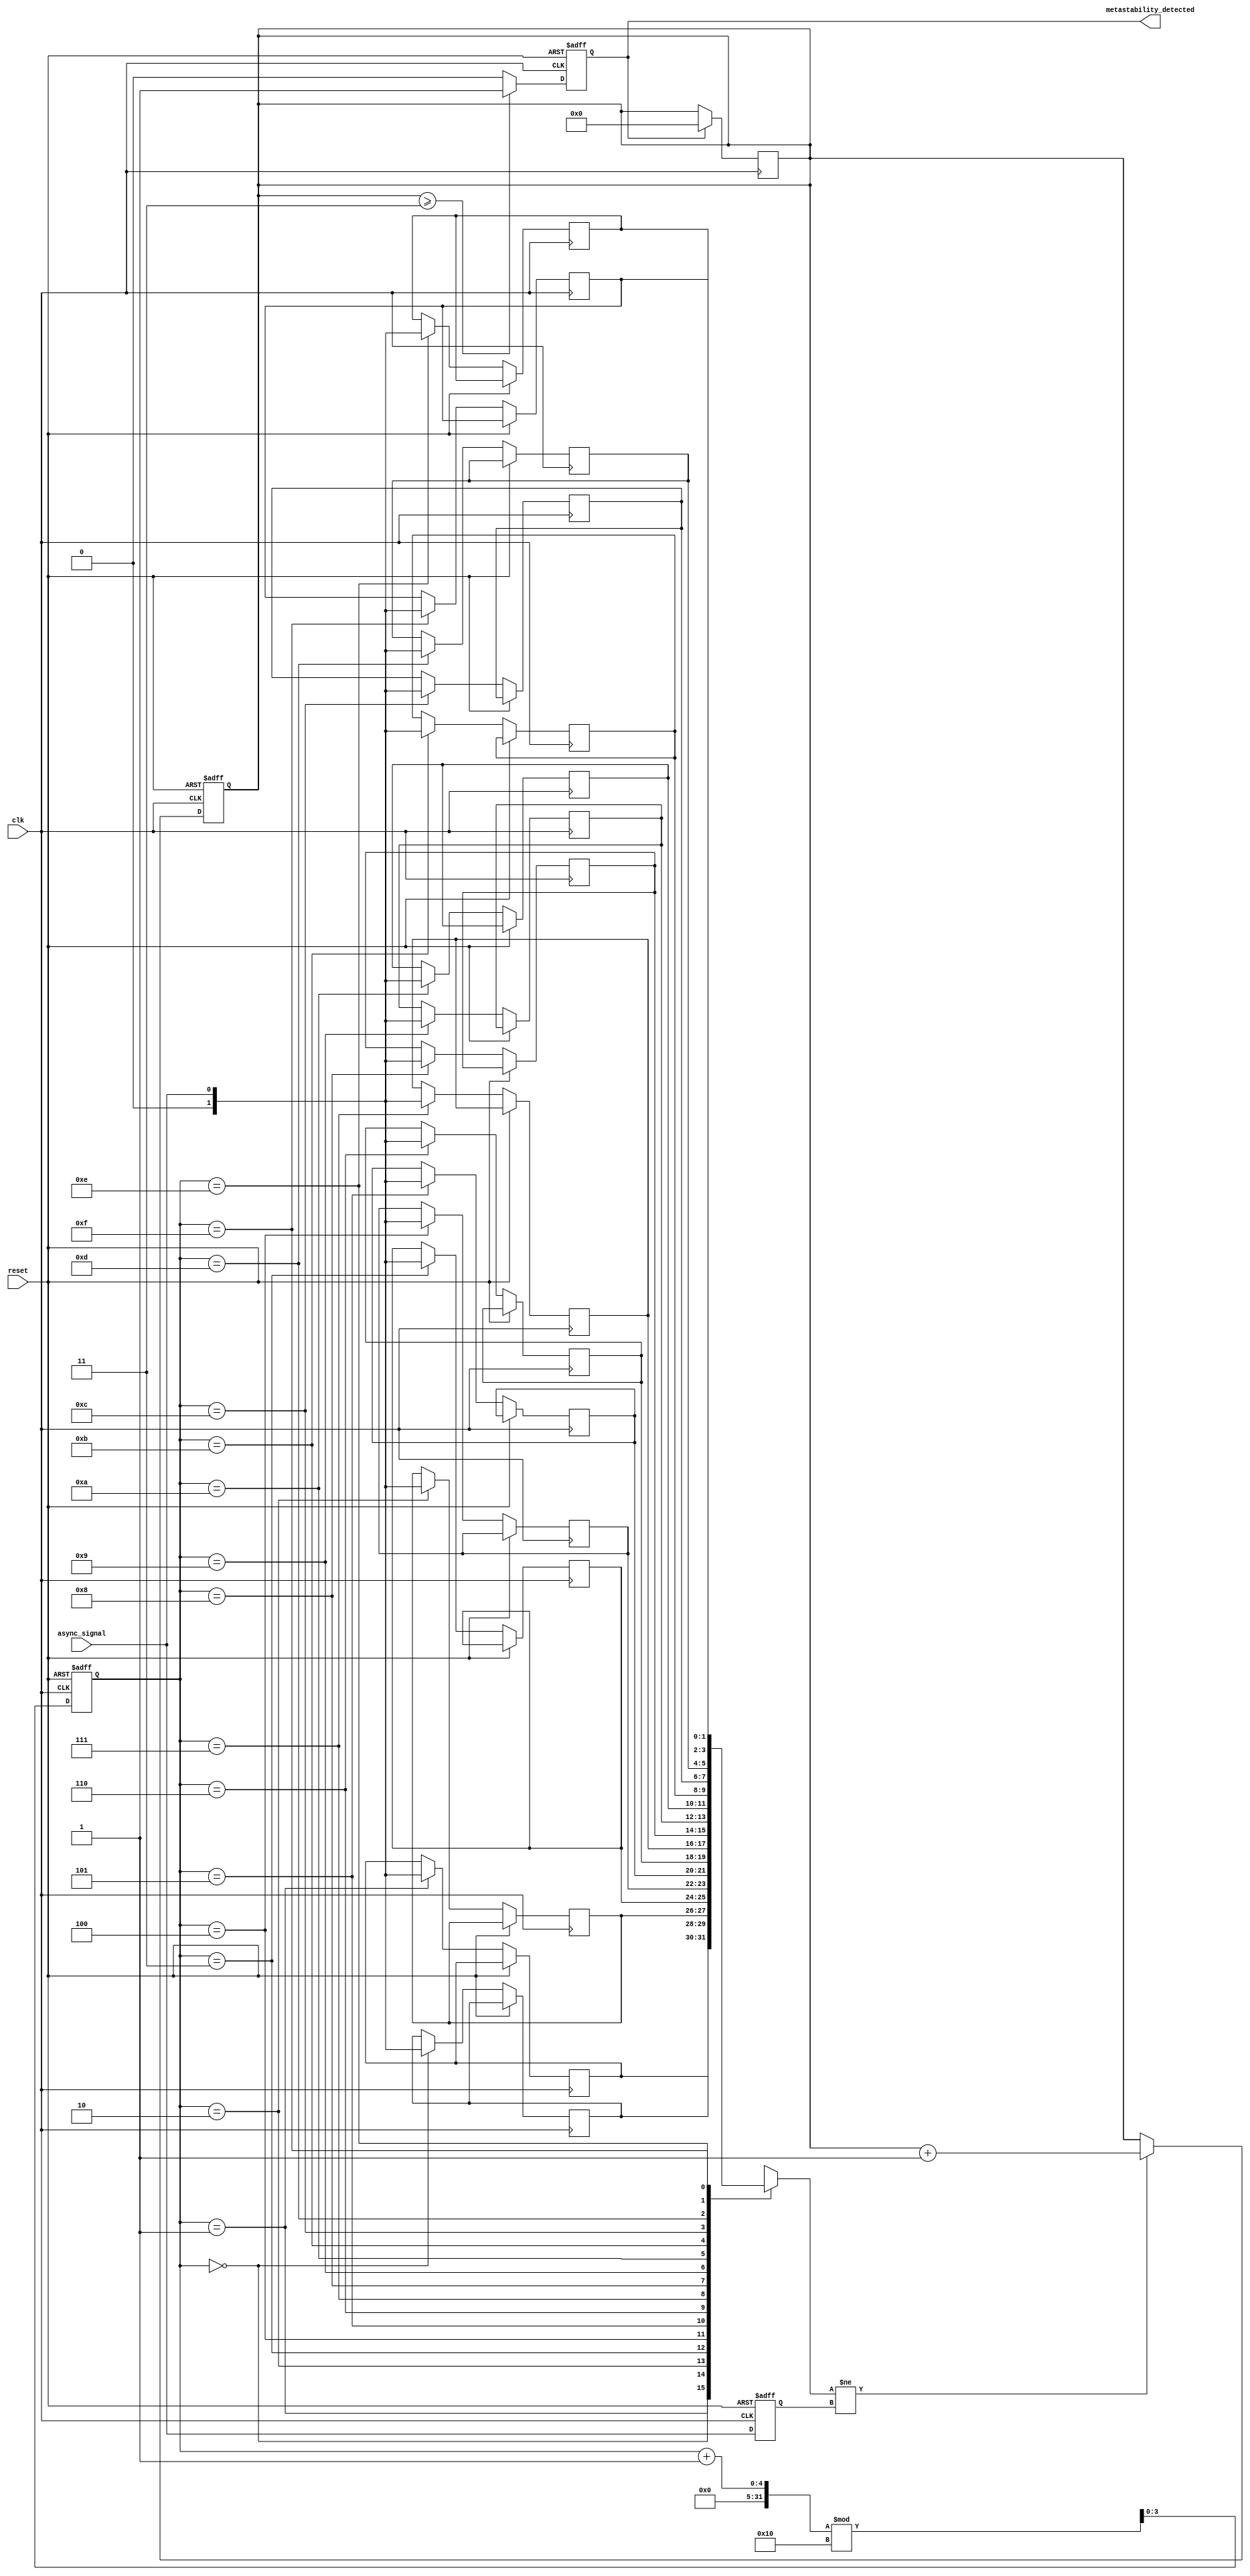
module metastability_detector (
    input wire clk,                // Sampling clock
    input wire async_signal,       // Asynchronous input signal
    input wire reset,              // Reset signal
    output reg metastability_detected // Metastability detection output
);

    // Parameter Definitions
    parameter MEMORY_SIZE = 16;    // Size of the memory block
    parameter THRESHOLD = 3;        // Threshold for the number of transitions to declare metastability

    // Memory to store sampled values
    reg [1:0] memory [0:MEMORY_SIZE-1];
    reg [3:0] write_pointer = 0;    // Write pointer for memory
    reg [3:0] read_pointer = 0;     // Read pointer for random sampling
    reg [3:0] random_index = 0;     // Random index for selecting memory samples
    reg [3:0] transition_count = 0;  // Transition counter

    // Edge detection of the asynchronous signal
    reg async_signal_prev = 0;
    always @(posedge clk or posedge reset) begin
        if (reset) begin
            async_signal_prev <= 0;
        end else begin
            // Store previous state for edge detection
            async_signal_prev <= async_signal;
        end
    end

    // Sampling process to store values in memory
    always @(posedge clk or posedge reset) begin
        if (reset) begin
            write_pointer <= 0;
            metastability_detected <= 0;
            transition_count <= 0;
        end else begin
            // Sample the asynchronous signal
            memory[write_pointer] <= async_signal;

            // Check for metastability by counting transitions
            if (memory[write_pointer] != async_signal_prev) begin
                transition_count <= transition_count + 1;
            end

            write_pointer <= (write_pointer + 1) % MEMORY_SIZE;

            // Check if transition count exceeds threshold for metastability
            if (transition_count >= THRESHOLD) begin
                metastability_detected <= 1;
            end else begin
                metastability_detected <= 0;
            end
        end
    end

    // Random sampling mechanism (simple counter for illustration)
    always @(posedge clk) begin
        // Generate random index (for demonstration, using a simple counter)
        random_index <= (random_index + 1) % MEMORY_SIZE;
        read_pointer <= random_index;

        // Reset transition count if metastability was declared
        if (metastability_detected) begin
            transition_count <= 0;
        end
    end

endmodule